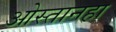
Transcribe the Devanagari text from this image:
ओस्तानहा